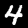
Label: 4